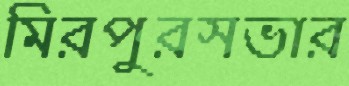
মিরপুরসভার